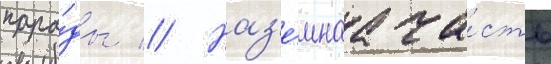
пара́ды // Наз'е́мнаа ча́сть